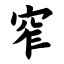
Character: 窄